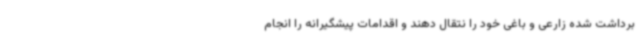
برداشت شده زارعی و باغی خود را نتقال دهند و اقدامات پیشگیرانه را انجام